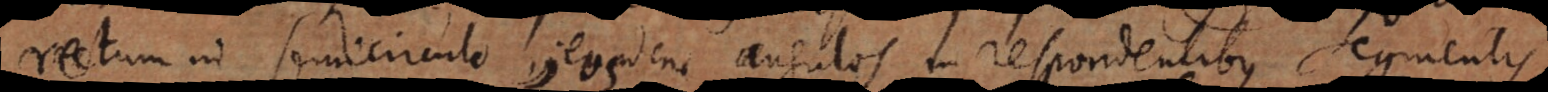
rectum in semicirculo, eosdem angulos in respondentibus segmentis,